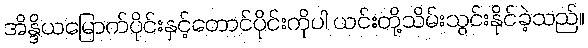
အိန္ဒိယမြောက်ပိုင်းနှင့်တောင်ပိုင်းကိုပါ ယင်းတို့သိမ်းသွင်းနိုင်ခဲ့သည်။